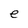
Character: e